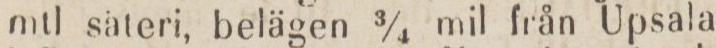
mtl säteri, belägen 3/4 mil från Upsala